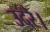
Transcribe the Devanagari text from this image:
उदरे।